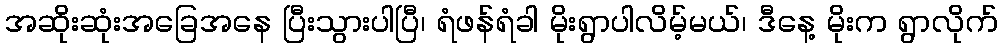
အဆိုးဆုံးအခြေအနေ ပြီးသွားပါပြီ၊ ရံဖန်ရံခါ မိုးရွာပါလိမ့်မယ်၊ ဒီနေ့ မိုးက ရွာလိုက်